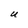
Character: U